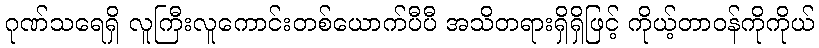
ဂုဏ်သရေရှိ လူကြီးလူကောင်းတစ်ယောက်ပီပီ အသိတရားရှိရှိဖြင့် ကိုယ့်တာဝန်ကိုကိုယ်